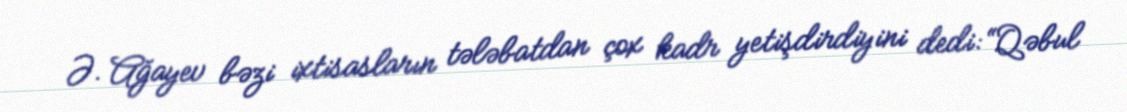
Ə. Ağayev bəzi ixtisasların tələbatdan çox kadr yetişdirdiyini dedi: “Qəbul